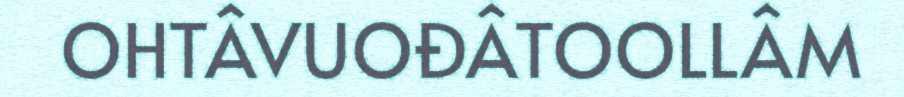
OHTÂVUOĐÂTOOLLÂM